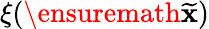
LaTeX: \xi(\ensuremath{{\widetilde{\mathbf{x}}}})